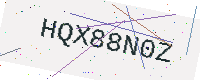
Text: HQX88N0Z